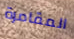
المقامرة